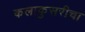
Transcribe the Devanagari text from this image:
कलाकुसरीचा